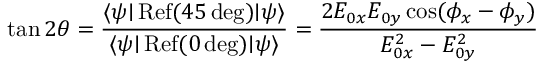
\tan 2 \theta = { \frac { \langle \psi { \mid } \operatorname { R e f } ( 4 5 \deg ) { \mid } \psi \rangle } { \langle \psi { \mid } \operatorname { R e f } ( 0 \deg ) { \mid } \psi \rangle } } = { \frac { 2 E _ { 0 x } E _ { 0 y } \cos ( \phi _ { x } - \phi _ { y } ) } { E _ { 0 x } ^ { 2 } - E _ { 0 y } ^ { 2 } } }